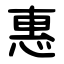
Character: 惠